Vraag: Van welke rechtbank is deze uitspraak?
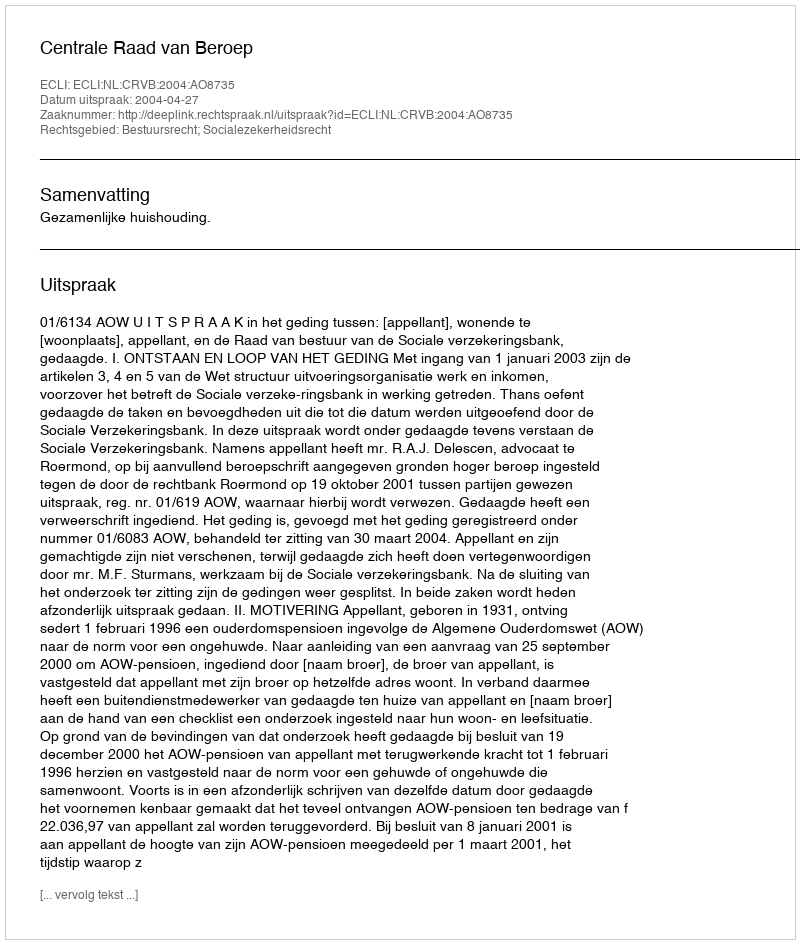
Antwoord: Centrale Raad van Beroep